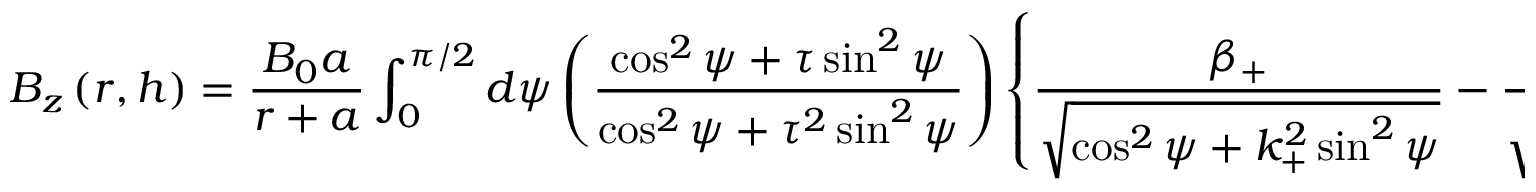
B _ { z } \left( r , h \right) = \frac { B _ { 0 } a } { r + a } \int _ { 0 } ^ { \pi / 2 } d \psi \left( \frac { \cos ^ { 2 } \psi + \tau \sin ^ { 2 } \psi } { \cos ^ { 2 } \psi + \tau ^ { 2 } \sin ^ { 2 } \psi } \right) \left\{ \frac { \beta _ { + } } { \sqrt { \cos ^ { 2 } \psi + k _ { + } ^ { 2 } \sin ^ { 2 } \psi } } - \frac { \beta _ { - } } { \sqrt { \cos ^ { 2 } \psi + k _ { - } ^ { 2 } \sin ^ { 2 } \psi } } \right\}